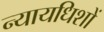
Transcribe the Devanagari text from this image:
न्यायधिशों